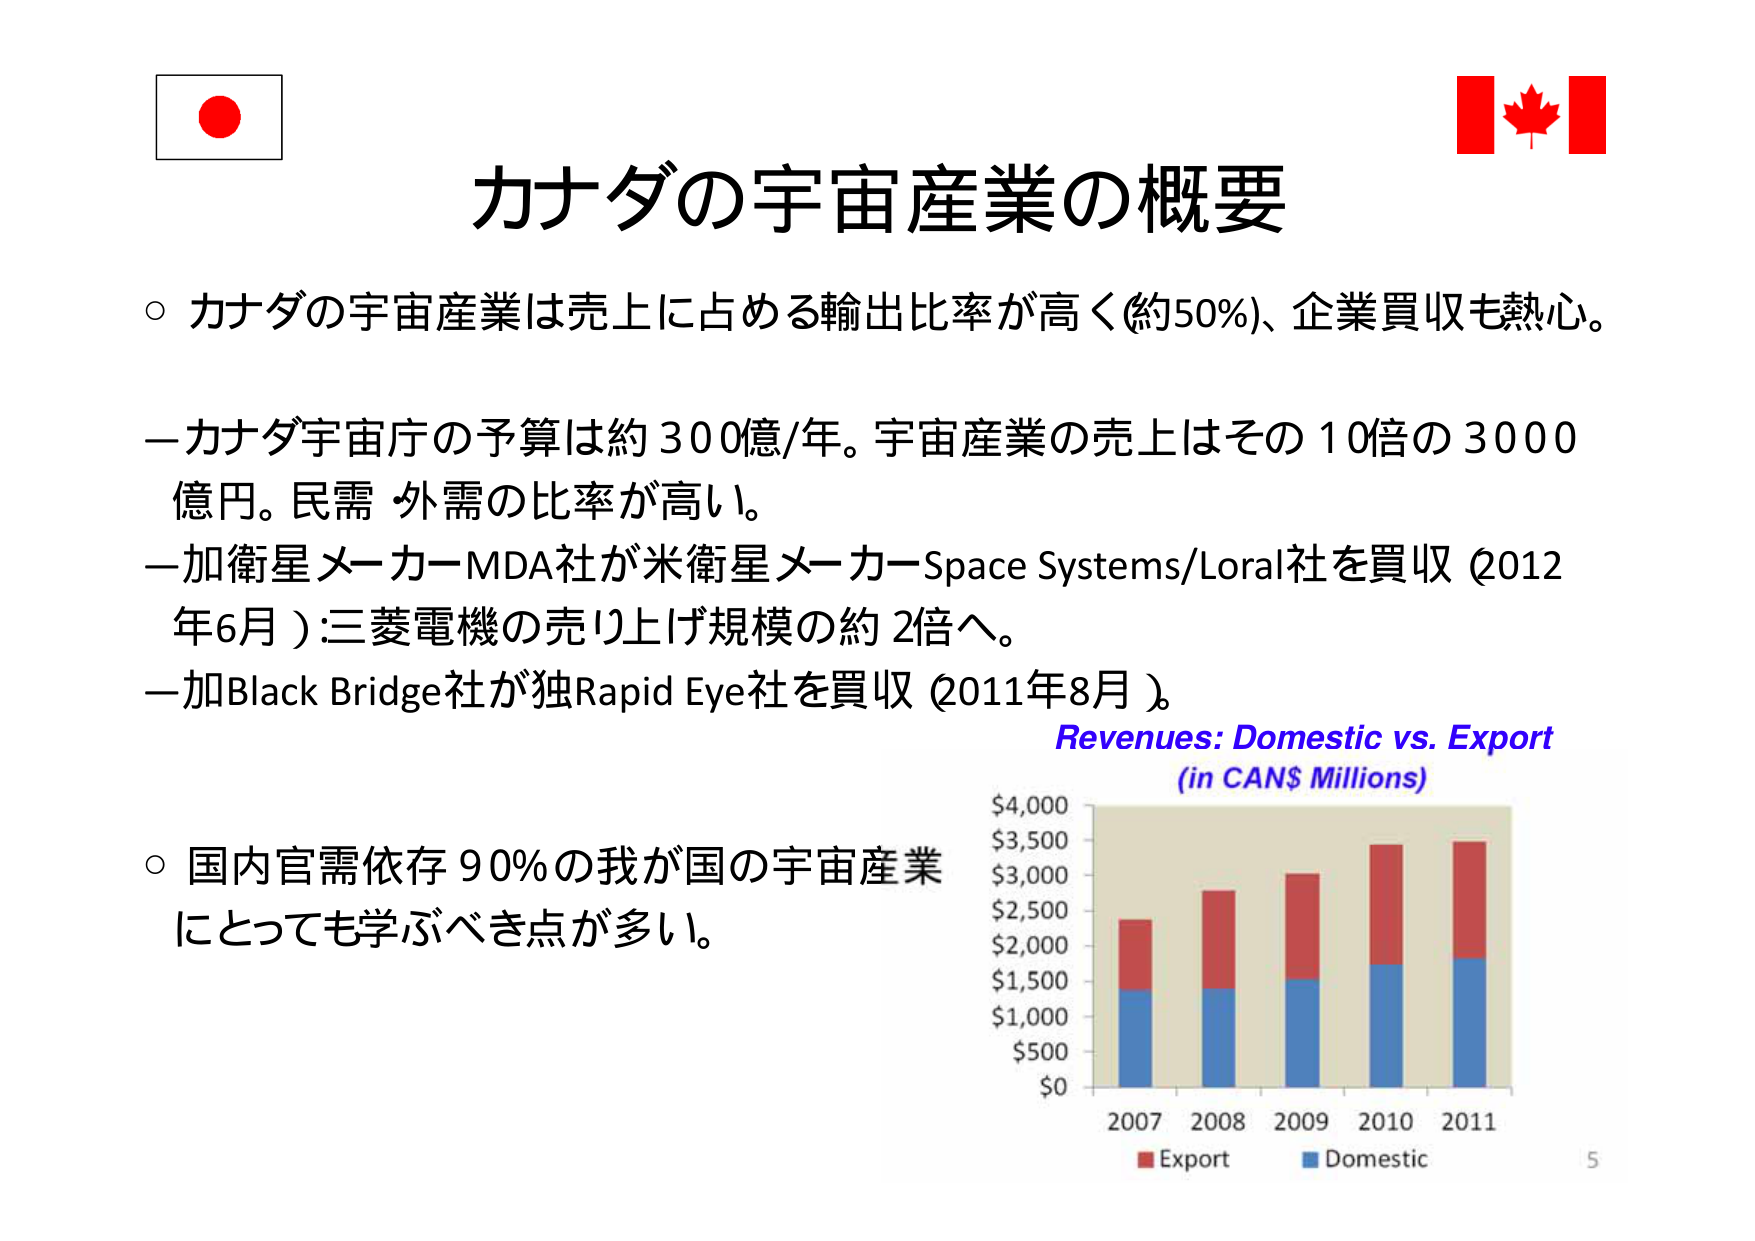
カナダの宇宙産業の概要

○ カナダの宇宙産業は売上に占める輸出比率が高く（約50%）、企業買収も熱心。

－カナダ宇宙庁の予算は約300億/年。宇宙産業の売上はその10倍の3000億円。民需・外需の比率が高い。
－加衛星メーカーMDA社が米衛星メーカーSpace Systems/Loral社を買収（2012年6月）：三菱電機の売り上げ規模の約2倍へ。
－加Black Bridge社が独Rapid Eye社を買収（2011年8月）。

○ 国内官需依存90%の我が国の宇宙産業にとっても学ぶべき点が多い。

Revenues: Domestic vs. Export
(in CAN$ Millions)

$4,000
$3,500
$3,000
$2,500
$2,000
$1,500
$1,000
$500
$0

2007 2008 2009 2010 2011

■ Export
■ Domestic

5